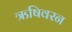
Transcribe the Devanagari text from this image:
ऋषिवरन